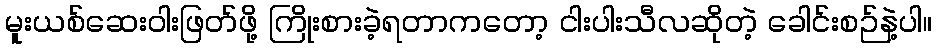
မူးယစ်ဆေးဝါးဖြတ်ဖို့ ကြိုးစားခဲ့ရတာကတော့ ငါးပါးသီလဆိုတဲ့ ခေါင်းစဉ်နဲ့ပါ။